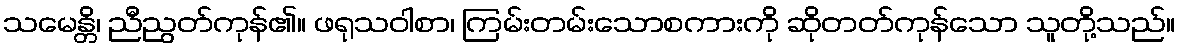
သမေန္တိ၊ ညီညွတ်ကုန်၏။ ဖရုသဝါစာ၊ ကြမ်းတမ်းသောစကားကို ဆိုတတ်ကုန်သော သူတို့သည်။